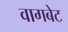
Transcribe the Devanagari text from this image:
वागबेट